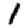
Digit: 1